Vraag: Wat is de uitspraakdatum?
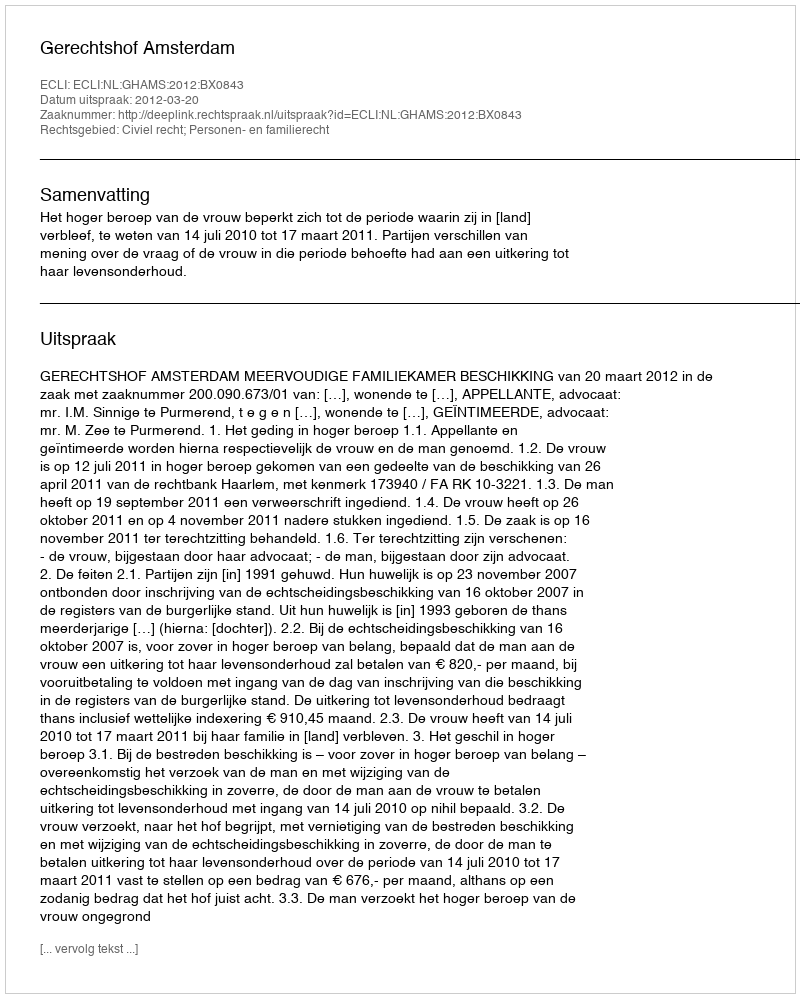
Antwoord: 2012-03-20